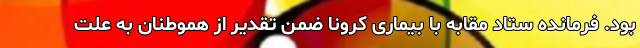
بود. فرمانده ستاد مقابه با بیماری کرونا ضمن تقدیر از هموطنان به علت